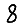
Digit: 8